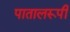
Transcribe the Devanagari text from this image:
पातालरूपी